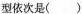
型依次是( )